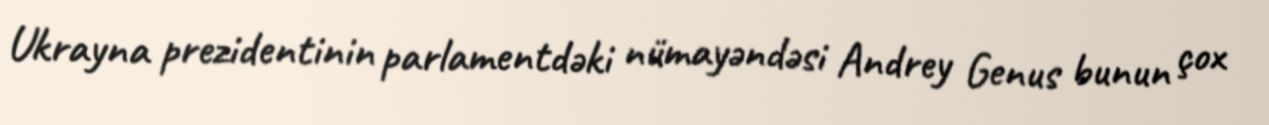
Ukrayna prezidentinin parlamentdəki nümayəndəsi Andrey Genus bunun çox